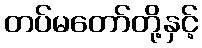
တပ်မတော်တို့နှင့်